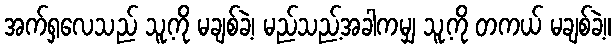
အက်ရှလေသည် သူ့ကို မချစ်ခဲ့၊ မည်သည့်အခါကမျှ သူ့ကို တကယ် မချစ်ခဲ့။